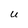
Character: U